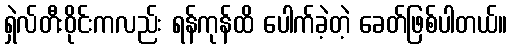
ရှဲလ်တီးဝိုင်းကလည်း ရန်ကုန်ထိ ပေါက်ခဲ့တဲ့ ခေတ်ဖြစ်ပါတယ်။